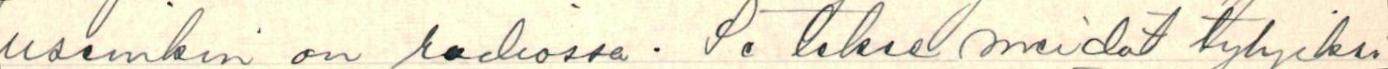
useinkin on radiossa. Se tekee meidät tyhjiksi